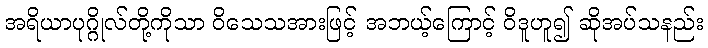
အရိယာပုဂ္ဂိုလ်တို့ကိုသာ ဝိသေသအားဖြင့် အဘယ့်ကြောင့် ဝိဒူဟူ၍ ဆိုအပ်သနည်း